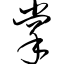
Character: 掌